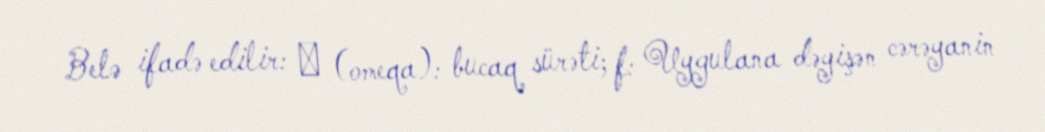
Belə ifadə edilir: 𝜔 (omeqa): bucaq sürəti; f: Uygulana dəyişən cərəyanin